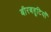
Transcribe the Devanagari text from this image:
बीरबहूटियाँ